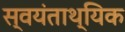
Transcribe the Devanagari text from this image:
स्वयंताथ्यिक